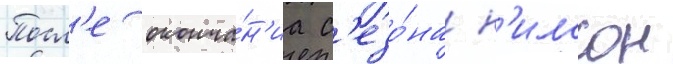
Посл'е оконча́н'иа с'езо́на н'илссон